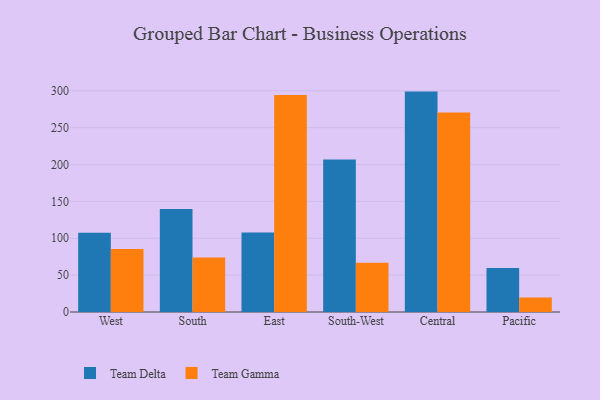
{"axis": {"x": "Region", "y": "Satisfaction Score"}, "legend": ["Team Delta", "Team Gamma"], "data": [{"x": "West", "y": 107.4, "type": "Team Delta"}, {"x": "West", "y": 85.3, "type": "Team Gamma"}, {"x": "South", "y": 139.6, "type": "Team Delta"}, {"x": "South", "y": 74.1, "type": "Team Gamma"}, {"x": "East", "y": 108.0, "type": "Team Delta"}, {"x": "East", "y": 294.4, "type": "Team Gamma"}, {"x": "South-West", "y": 207.0, "type": "Team Delta"}, {"x": "South-West", "y": 66.9, "type": "Team Gamma"}, {"x": "Central", "y": 299.0, "type": "Team Delta"}, {"x": "Central", "y": 270.5, "type": "Team Gamma"}, {"x": "Pacific", "y": 59.7, "type": "Team Delta"}, {"x": "Pacific", "y": 19.6, "type": "Team Gamma"}]}